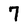
Character: 7